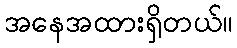
အနေအထားရှိတယ်။